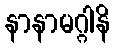
နာနာမဂ္ဂါနိ